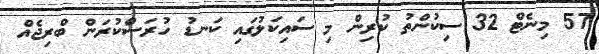
57 މިނެޓް 32 ސިކުންތު ކުރިން މި ސައިކަލުގައި ކަނޑު ހުރަސްކުރަން ބްރިޖެއް